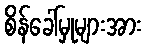
စိန်ခေါ်မှုများအား